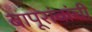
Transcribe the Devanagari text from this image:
बापूरांवांची